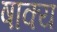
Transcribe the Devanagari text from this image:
षाक्य